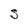
Character: S